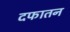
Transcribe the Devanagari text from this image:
दफातन